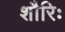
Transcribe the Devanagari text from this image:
शौरिः